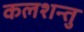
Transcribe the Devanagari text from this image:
कलशन्तु